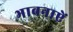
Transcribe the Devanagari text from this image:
भावनाऐं